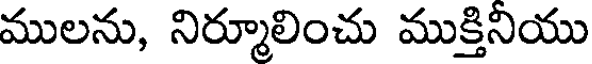
ములను, నిర్మూలించు ముక్తినియు